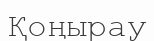
Қоңырау